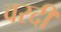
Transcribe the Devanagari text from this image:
वरदी